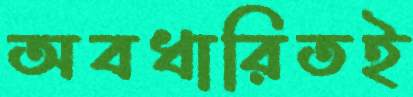
অবধারিতই